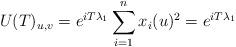
LaTeX: \begin{align*}U(T)_{u,v} = e^{iT\lambda_1}\sum_{i=1}^n x_i(u)^2 = e^{iT\lambda_1}\end{align*}